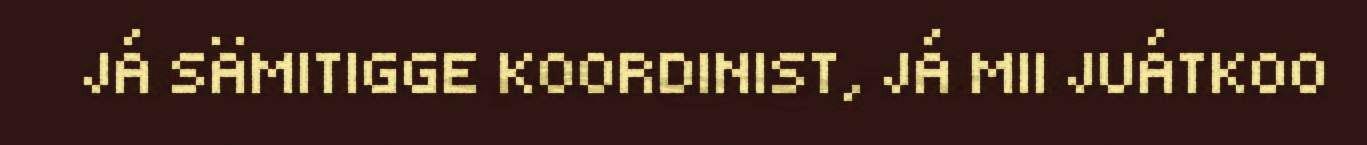
JÁ SÄMITIGGE KOORDINIST, JÁ MII JUÁTKOO